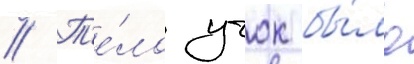
// Т'е́ло учок бы́ло